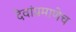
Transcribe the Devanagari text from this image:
देवांप्रमाणेच